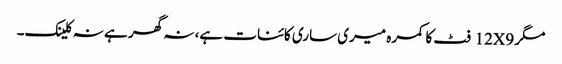
مگر 12X9 فٹ کا کمرہ میری ساری کائنات ہے، نہ گھر ہے نہ کلینک۔